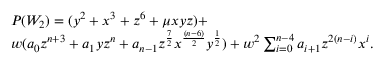
\begin{array} { l c r } { { P ( W _ { 2 } ) = ( y ^ { 2 } + x ^ { 3 } + z ^ { 6 } + \mu x y z ) + } } \\ { { w ( a _ { 0 } z ^ { n + 3 } + a _ { 1 } y z ^ { n } + a _ { n - 1 } z ^ { { \frac { 7 } { 2 } } } x ^ { { \frac { ( n - 6 ) } { 2 } } } y ^ { { \frac { 1 } { 2 } } } ) + w ^ { 2 } \sum _ { i = 0 } ^ { n - 4 } a _ { i + 1 } z ^ { 2 ( n - i ) } x ^ { i } . } } \end{array}